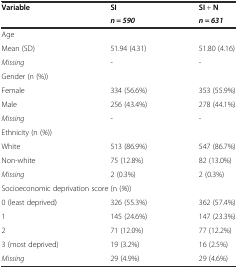
<table><thead><tr><td><b>Variable</b></td><td><b>SI</b></td><td><b>SI + N</b></td></tr><tr><td></td><td><b><i>n = 590</i></b></td><td><b><i>n = 631</i></b></td></tr></thead><tbody><tr><td colspan="3">Age</td></tr><tr><td>Mean (SD)</td><td>51.94 (4.31)</td><td>51.80 (4.16)</td></tr><tr><td><i>Missing</i></td><td>-</td><td>-</td></tr><tr><td colspan="3">Gender (n (%))</td></tr><tr><td>Female</td><td>334 (56.6%)</td><td>353 (55.9%)</td></tr><tr><td>Male</td><td>256 (43.4%)</td><td>278 (44.1%)</td></tr><tr><td><i>Missing</i></td><td>-</td><td>-</td></tr><tr><td colspan="3">Ethnicity (n (<i>%</i>))</td></tr><tr><td>White</td><td>513 (86.9%)</td><td>547 (86.7%)</td></tr><tr><td>Non-white</td><td>75 (12.8%)</td><td>82 (13.0%)</td></tr><tr><td><i>Missing</i></td><td>2 (0.3%)</td><td>2 (0.3%)</td></tr><tr><td colspan="3">Socioeconomic deprivation score (n (<i>%</i>))</td></tr><tr><td>0 (least deprived)</td><td>326 (55.3%)</td><td>362 (57.4%)</td></tr><tr><td>1</td><td>145 (24.6%)</td><td>147 (23.3%)</td></tr><tr><td>2</td><td>71 (12.0%)</td><td>77 (12.2%)</td></tr><tr><td>3 (most deprived)</td><td>19 (3.2%)</td><td>16 (2.5%)</td></tr><tr><td><i>Missing</i></td><td>29 (4.9%)</td><td>29 (4.6%)</td></tr></tbody></table>